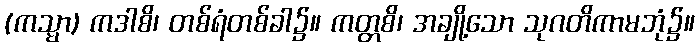
(ကသ္မာ) ကဒါစိ၊ တစ်ရံတစ်ခါ၌။ ကတ္တစိ၊ အချို့သော သုဂတိကာမဘုံ၌။